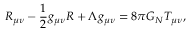
R _ { \mu \nu } - \frac { 1 } { 2 } g _ { \mu \nu } R + \Lambda g _ { \mu \nu } = 8 \pi G _ { N } T _ { \mu \nu } ,